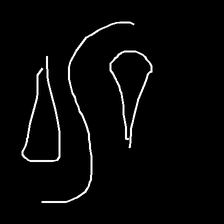
Glyph: water